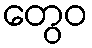
တွေဝ